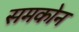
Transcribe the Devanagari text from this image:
समकोन